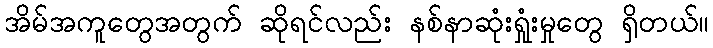
အိမ်အကူတွေအတွက် ဆိုရင်လည်း နစ်နာဆုံးရှုံးမှုတွေ ရှိတယ်။